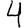
Digit: 4